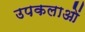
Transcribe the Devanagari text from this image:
उपकलाओं